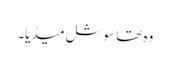
وہ تھا سوشل میڈیا۔